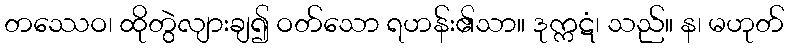
တဿေဝ၊ ထိုတွဲလျားချ၍ ဝတ်သော ရဟန်း၏သာ။ ဒုက္ကဋံ၊ သည်။ န၊ မဟုတ်